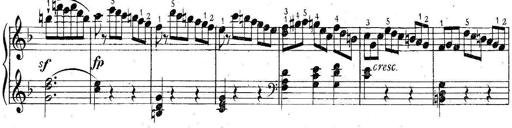
Title: 6 Easy Sonatinas
Composer: Carl Czerny